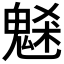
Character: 𩳘